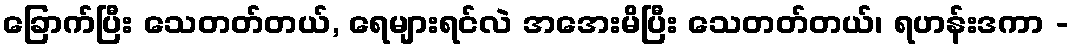
ခြောက်ပြီး သေတတ်တယ်, ရေများရင်လဲ အအေးမိပြီး သေတတ်တယ်၊ ရဟန်းဒကာ -